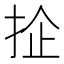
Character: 𢬖